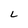
Character: L